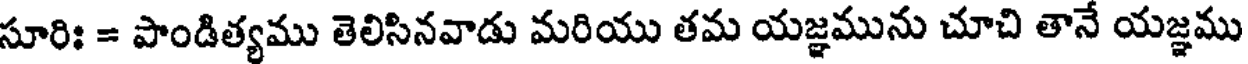
సూరిః = పాండిత్యము తెలిసినవాడు మరియు తమ యజ్ఞమును చూచి తానే యజ్ఞము